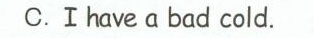
C.Ⅰhaveαbad cold.